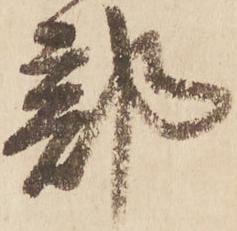
部